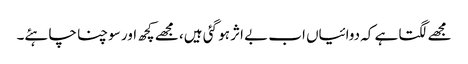
مجھے لگتا ہے کہ دوائیاں اب بے اثر ہو گئی ہیں، مجھے کچھ اور سوچنا چاہئے۔